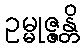
ဥမ္မုဇ္ဇန္တိ